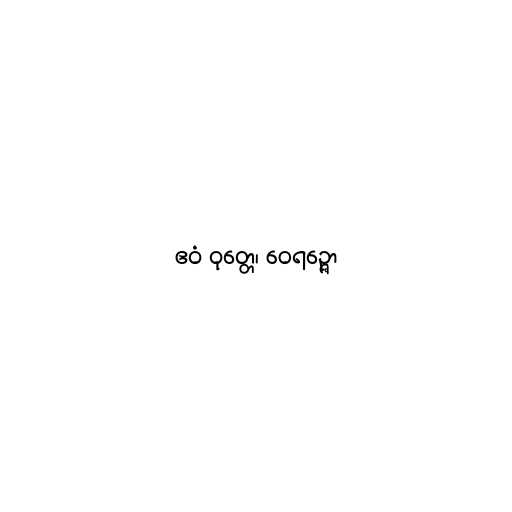
ဧဝံ ဝုတ္တေ၊ ဝေရဉ္ဇော